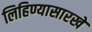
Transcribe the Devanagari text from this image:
लिहिण्यासारखे